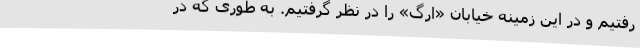
رفتیم و در این زمینه خیابان «ارگ» را در نظر گرفتیم. به طوری که در